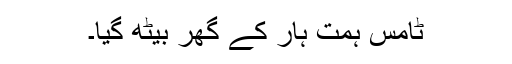
ٹامس ہمت ہار کے گھر بیٹھ گیا۔